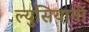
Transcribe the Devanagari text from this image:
ल्युसियानो